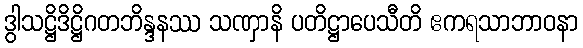
ဒွါသဋ္ဌိဒိဋ္ဌိဂတဘိန္ဒနဿ သဏှာနိ ပတိဋ္ဌာပေသီတိ ဧကရသာဘာဝနာ